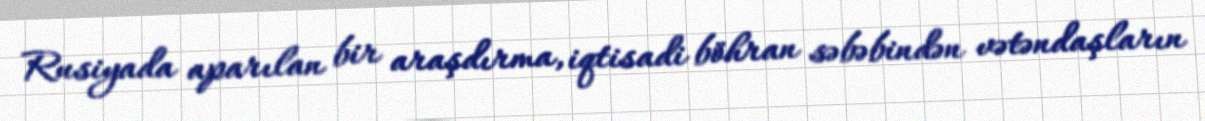
Rusiyada aparılan bir araşdırma, iqtisadi böhran səbəbindən vətəndaşların